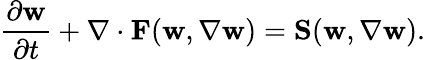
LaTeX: \frac{\partial{\textbf{w}}}{\partial{t}}+\nabla\cdot\textbf{F}(\textbf{w},\nabla\textbf{w})=\textbf{S}(\textbf{w},\nabla\textbf{w}).